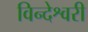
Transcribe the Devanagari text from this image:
विन्देश्वरी